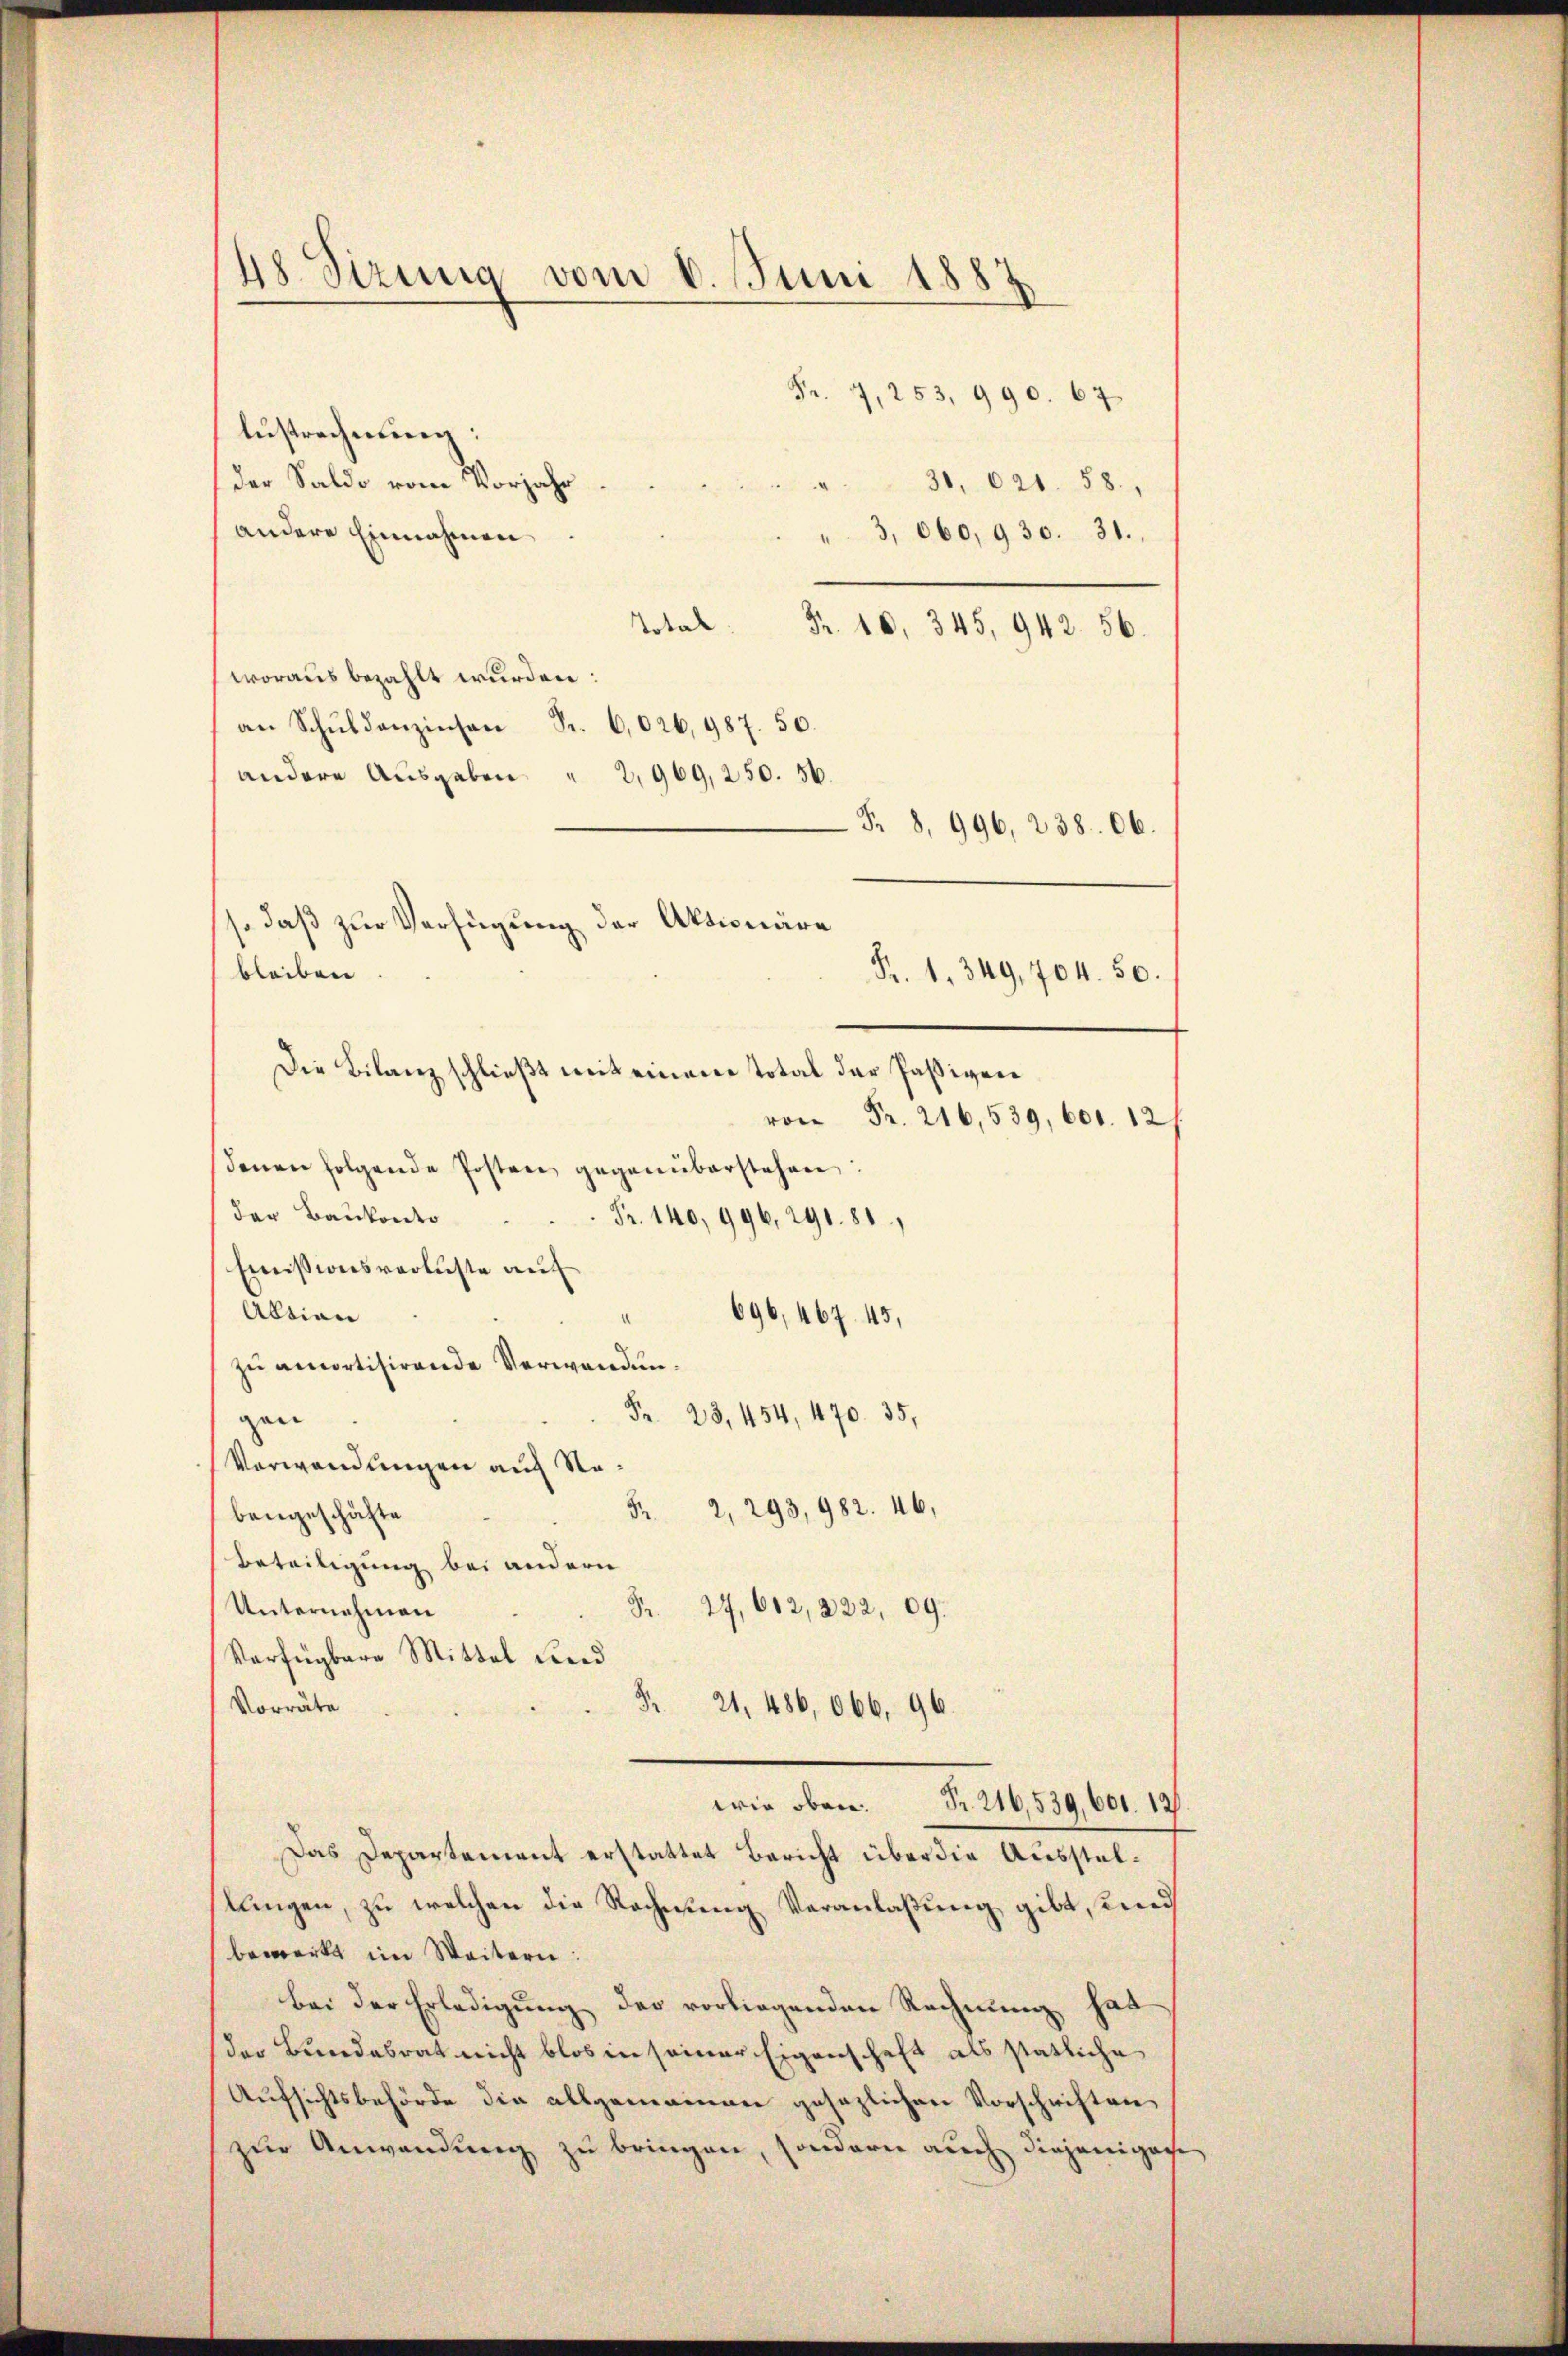
48. Sizung
vom 8. Juni 1887.
Fr. 17, 253, 990. 67
Austrechnung:
der Saldo vom Vorjahr
31, 621. 58.

andere Einnahmen
" 3,060,930. 31.
 Fr. 10, 345, 942. 56.
woraus bezahlt wurden:
an Schŭldanzinsen Fr. 6,026,987. 50.
andere Ausgaben
2,969, 250. 56.
Fr. 8. 996, 238. 06.

so daß zur Verfügung der Aktionäre
bleiben
Fr. 1. 349, 704. 50.
Die Bilanz schließt mit einen Total der Paßiven

Fr. 216,539, 600. 121.
denen folgende Posten gegenüberstehen:
Fr. 140, 996, 291. 81

der Baukonto
Emissionsverluste auf
Abtion
696,467. 45,
zu amortisirende Verwandun¬
Fr. 23, 454, 470. 35.
gen
Verwendungen auch Na¬
 2, 293, 982. 46,
bengeschäfte
Beteiligung bei andern
Fr. 27, 612, 222, 09.
Unternehmen
Verfügbare Mittel und
8
Vorräte
21, 486,066, 96
wie oben. Fr. 216,539,601. 12.
Das Departement erstattet Bericht über die Ausstellungen, zu welchen die Rechnung Veranlaßung gibt, und
bemerkt im Weitern:
bei der Erledigung der vorliegenden Rechnung hat
der Bundesrat nicht blos in seiner Eigenschaft als statliche
Aufsichtsbehörde die allgemeinen gesezlichen Vorschriften
zur Anwendung zu bringen, sondern auch diejeniger

.
e